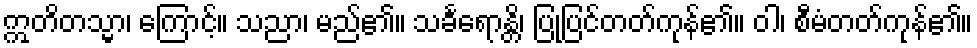
ဣတိတသ္မာ၊ ကြောင့်။ သညာ၊ မည်၏။ သင်္ခရောန္တိ၊ ပြုပြင်တတ်ကုန်၏။ ဝါ၊ စီမံတတ်ကုန်၏။